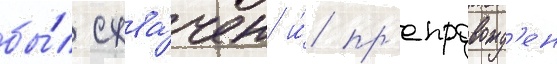
бы́л схва́чен и́ пр'епровожд'ен